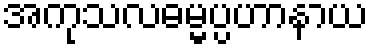
အကုသလဓမ္မပ္ပဟာနာယ